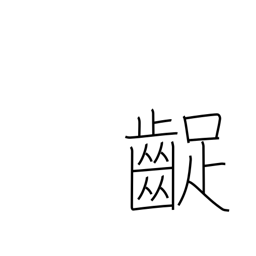
Meaning: grating the teeth